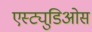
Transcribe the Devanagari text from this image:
एस्ट्युडिओस